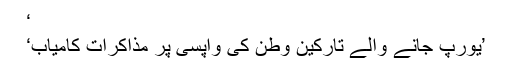
‘
’یورپ جانے والے تارکین وطن کی واپسی پر مذاکرات کامیاب‘